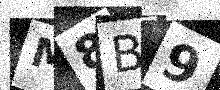
Text: M8B9